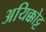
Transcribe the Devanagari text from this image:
अयिक्कोट्ट